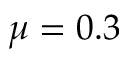
\mu = 0 . 3